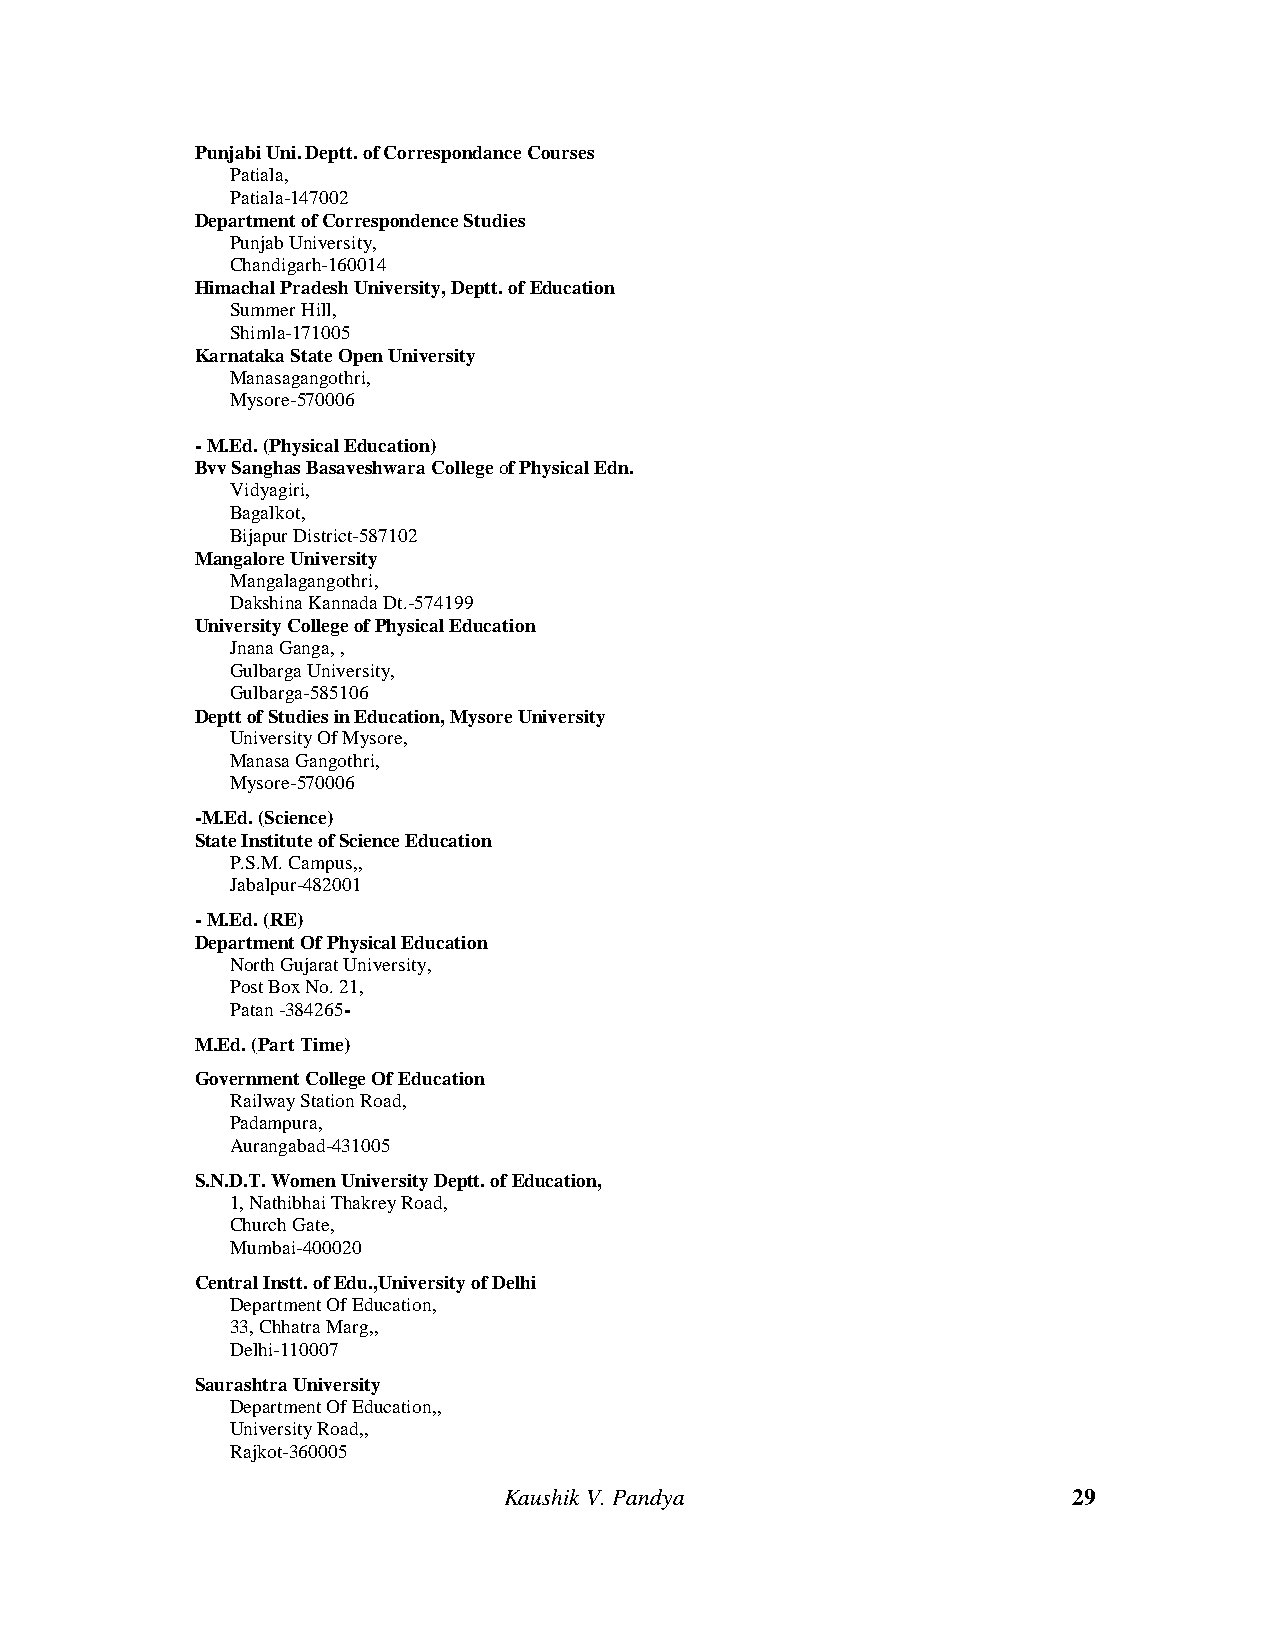
Punjabi Uni. Deptt. of Correspondance Courses
 Patiala,
 Patiala-147002
 DepartmentofCorrespondence Studies
 Punjab University,
 Chandigarh-160014
 Himachal Pradesh University, Deptt.ofEducation
 Summer Hill,
 Shimla-171005
 Karnataka State Open University
 Manasagangothri,
 Mysore-570006
 -M.Ed. (Physical Education)
 Bvv Sanghas Basaveshwara Collegeof Physical Edn.
 Vidyagiri,
 Bagalkot,
 Bijapur District-587102
 Mangalore University
 Mangalagangothri,
 Dakshina Kannada Dt.-574199
 University CollegeofPhysical Education
 Jnana Ganga, ,
 Gulbarga University,
 Gulbarga-585106
 DepttofStudiesin Education, Mysore University
 University Of Mysore,
 Manasa Gangothri,
 Mysore-570006
 -M.Ed. (Science)
 State InstituteofScience Education
 P.S.M. Campus,,
 Jabalpur-482001
 -M.Ed. (RE)
 Department Of Physical Education
 North Gujarat University,
 Post Box No. 21,
 Patan-384265-
 M.Ed. (Part Time)
 Government College Of Education
 Railway Station Road,
 Padampura,
 Aurangabad-431005
 S.N.D.T. Women UniversityDeptt.ofEducation,
 1, Nathibhai Thakrey Road,
 Church Gate,
 Mumbai-400020
 Central Instt.ofEdu.,UniversityofDelhi
 Department Of Education,
 33, Chhatra Marg,,
 Delhi-110007
 Saurashtra University
 Department Of Education,,
 University Road,,
 Rajkot-360005
 Kaushik V. Pandya                     29